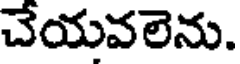
చేయవలెను.